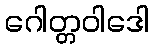
ဂေါတ္တဝါဒေါ